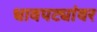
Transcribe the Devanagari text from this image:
धावपट्यांवर